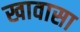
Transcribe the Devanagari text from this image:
खावासा